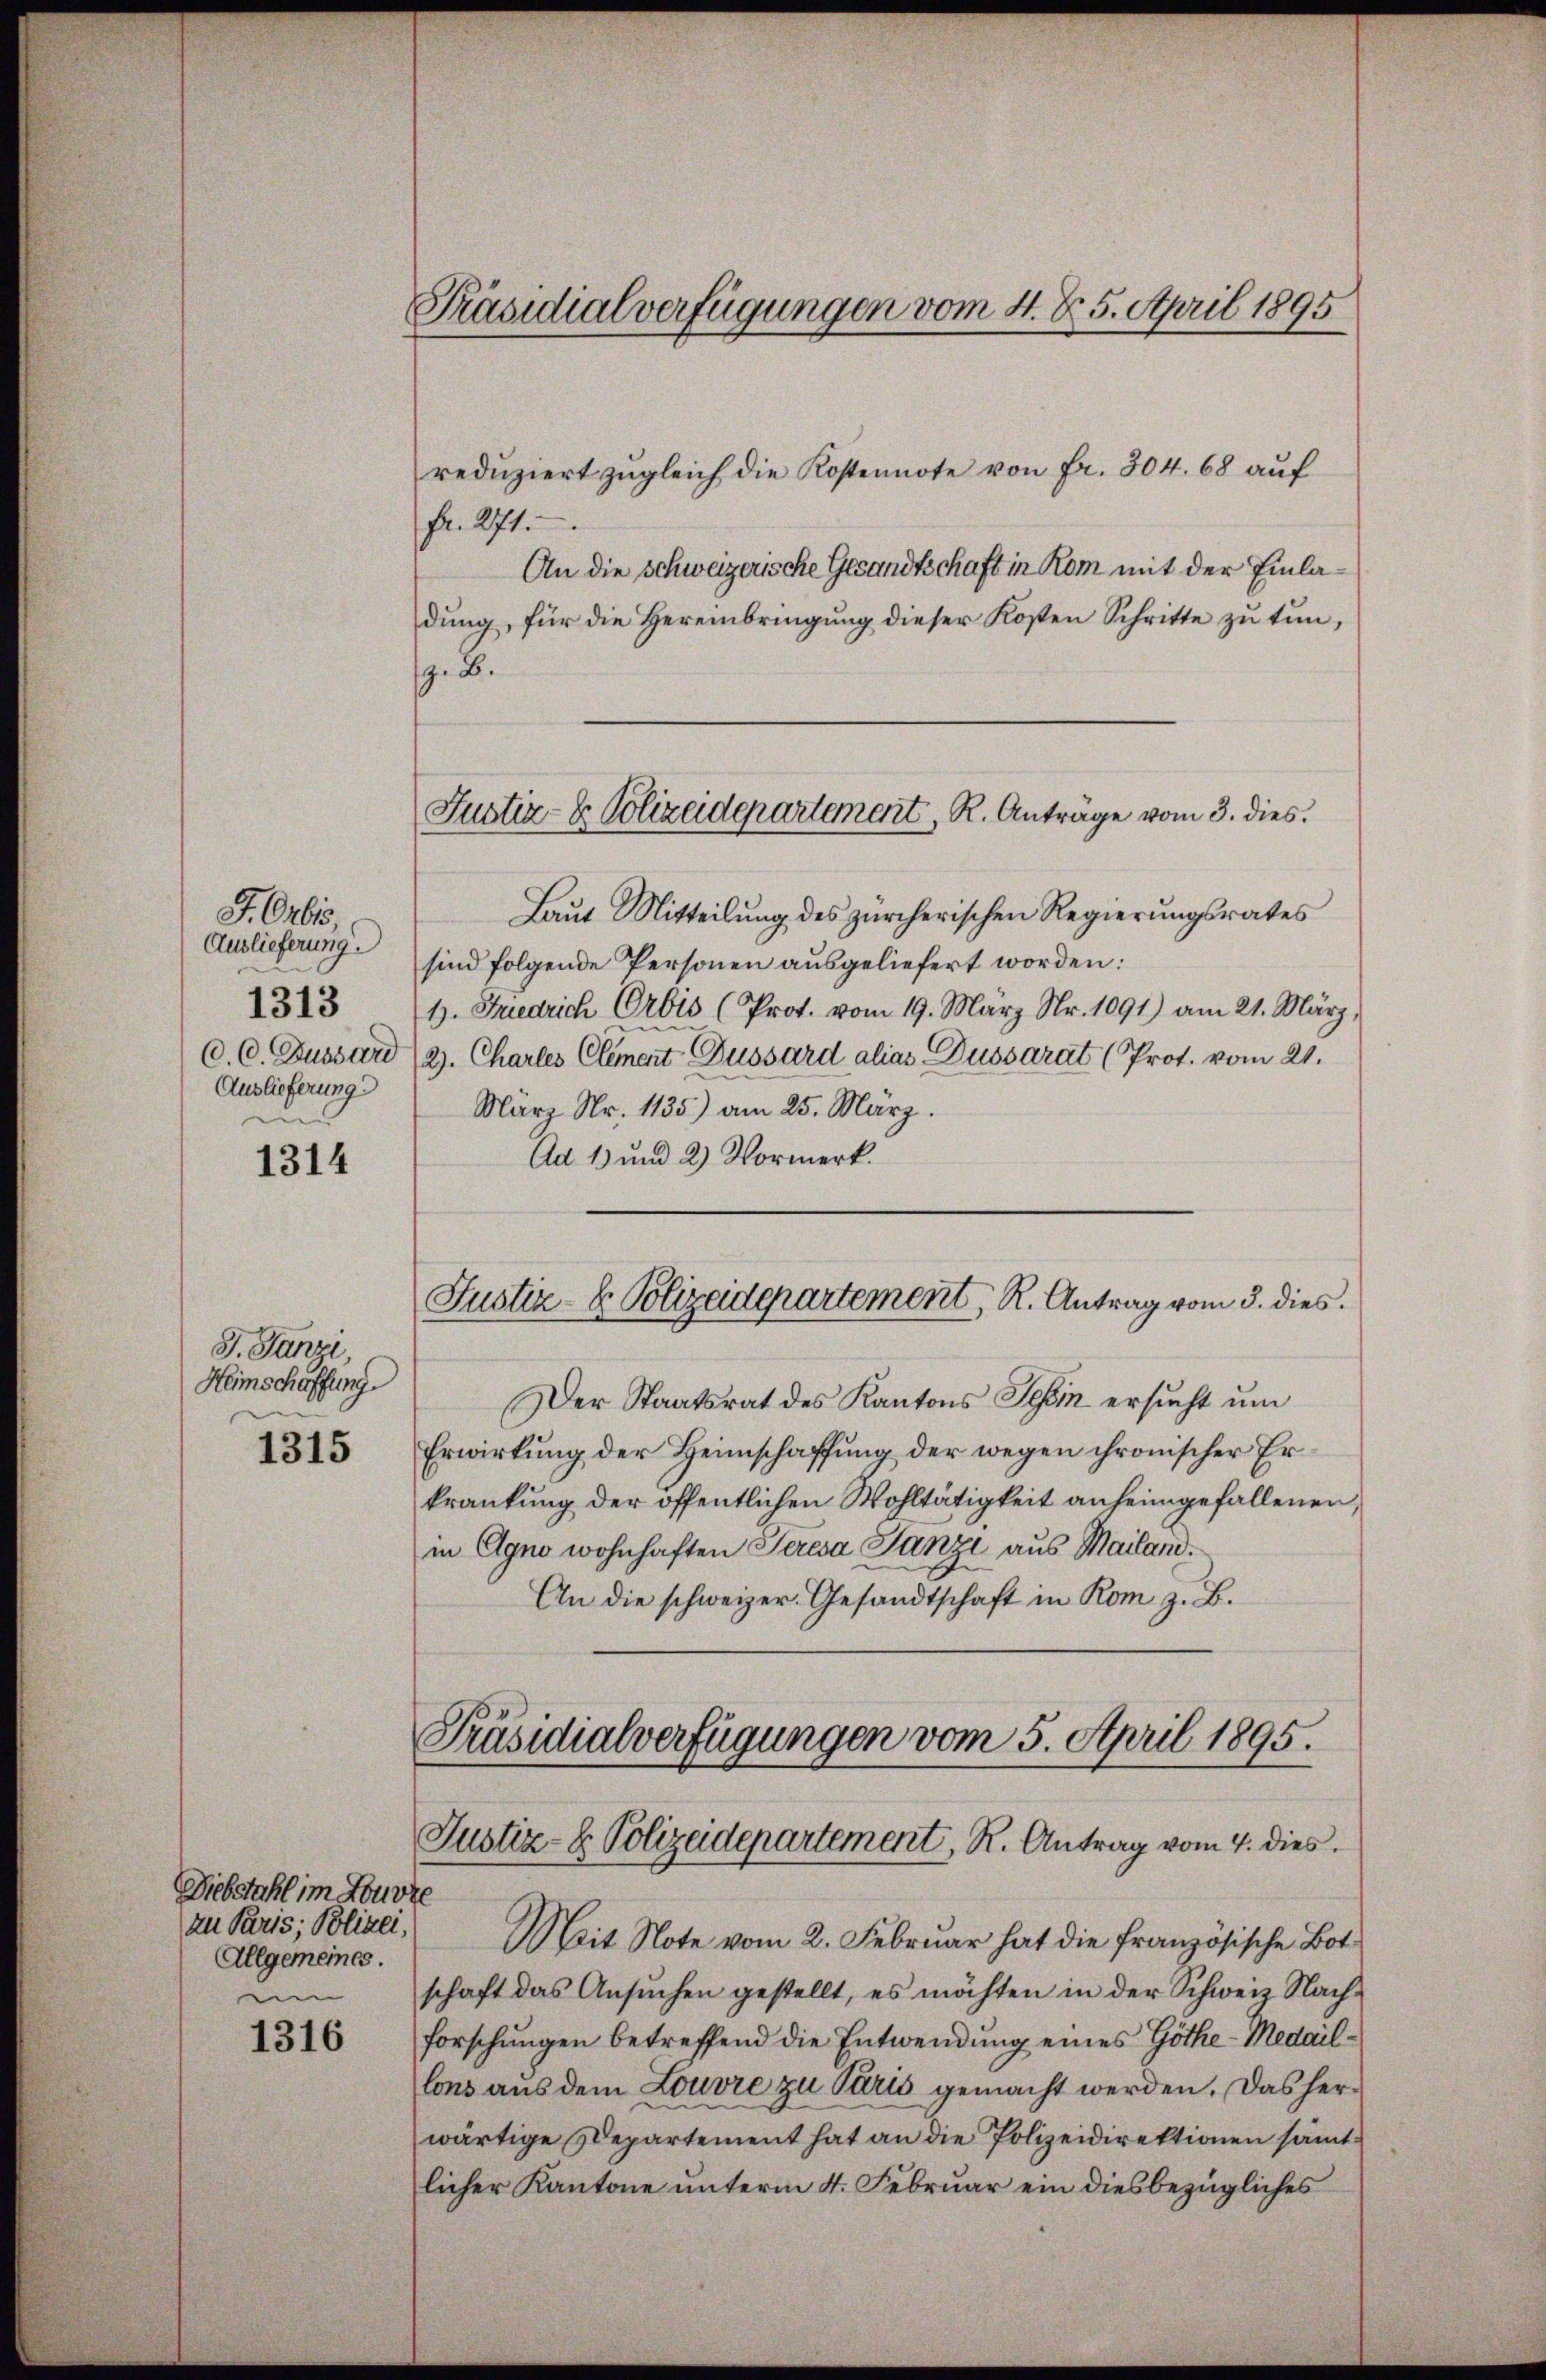
F.Orbis,
Auslieferung.
1313
C. C. Dussard
Auslieferung
un

1314

J. Janzi,
Heimschaffung

1315

Diebstahl im Louvre
zu Paris; Polizei,
Allgemeines.
un

1316

Präsidialverfügungen vom 4. d. 5. April 1895

Justiz- & Polizeidepartement, R. Antrage vom 3. dies

Präsidialverfügungen vom 5. April 1895.
Justiz- & Polizeidepartement, R. Antrag vom 4. dies

redŭziert zŭgleich die Kostennote von Fr. 304. 68 aŭf
Fr. 271.
An die Schweizerische Gesandtschaft in Rom mit der Einladung, für die Hereinbringung dieser Kosten Schritte zu tun,
z. B.
Laŭt Mitteilŭng des zürcherischen Regierŭngsrates
sind folgende Personen ausgeliefert worden:
1. Friedrich Orbis (Prot. vom 19. März Nr. 1091) am 21. März,
2. Chartes Clement Dussard alias Dussarat (Prot. vom 21.
März Nr. 1135) am 25. März.
Ad 1) und 2) Vormerk.
Justiz- & Polizadepartement, R. Antrag vom 3. dies
Der Staatsrat des Kantons Schin ersucht um
Erwirkung der Heimschaffung der wegen chronischer Erkrankung der öffentlichen Wohltätigkeit anheimgefallenen,
in Agno wohnhaften Seresa Janze aus Mailand.
An die schweizer. Gesandtschaft in Rom z. B.

Mit Note vom 2. Februar hat die französische Botschaft das Ansuchen gestellt, es möchten in der Schweiz. Nachforschungen betreffend die Entwendung eines Göthe-Medaillons aus dem Louvre zu Paris gemacht werden. Das herwärtige Departement hat an die Polizeidirektionen sämt.
licher Kantone unterm 4. Februar ein diesbezügliches